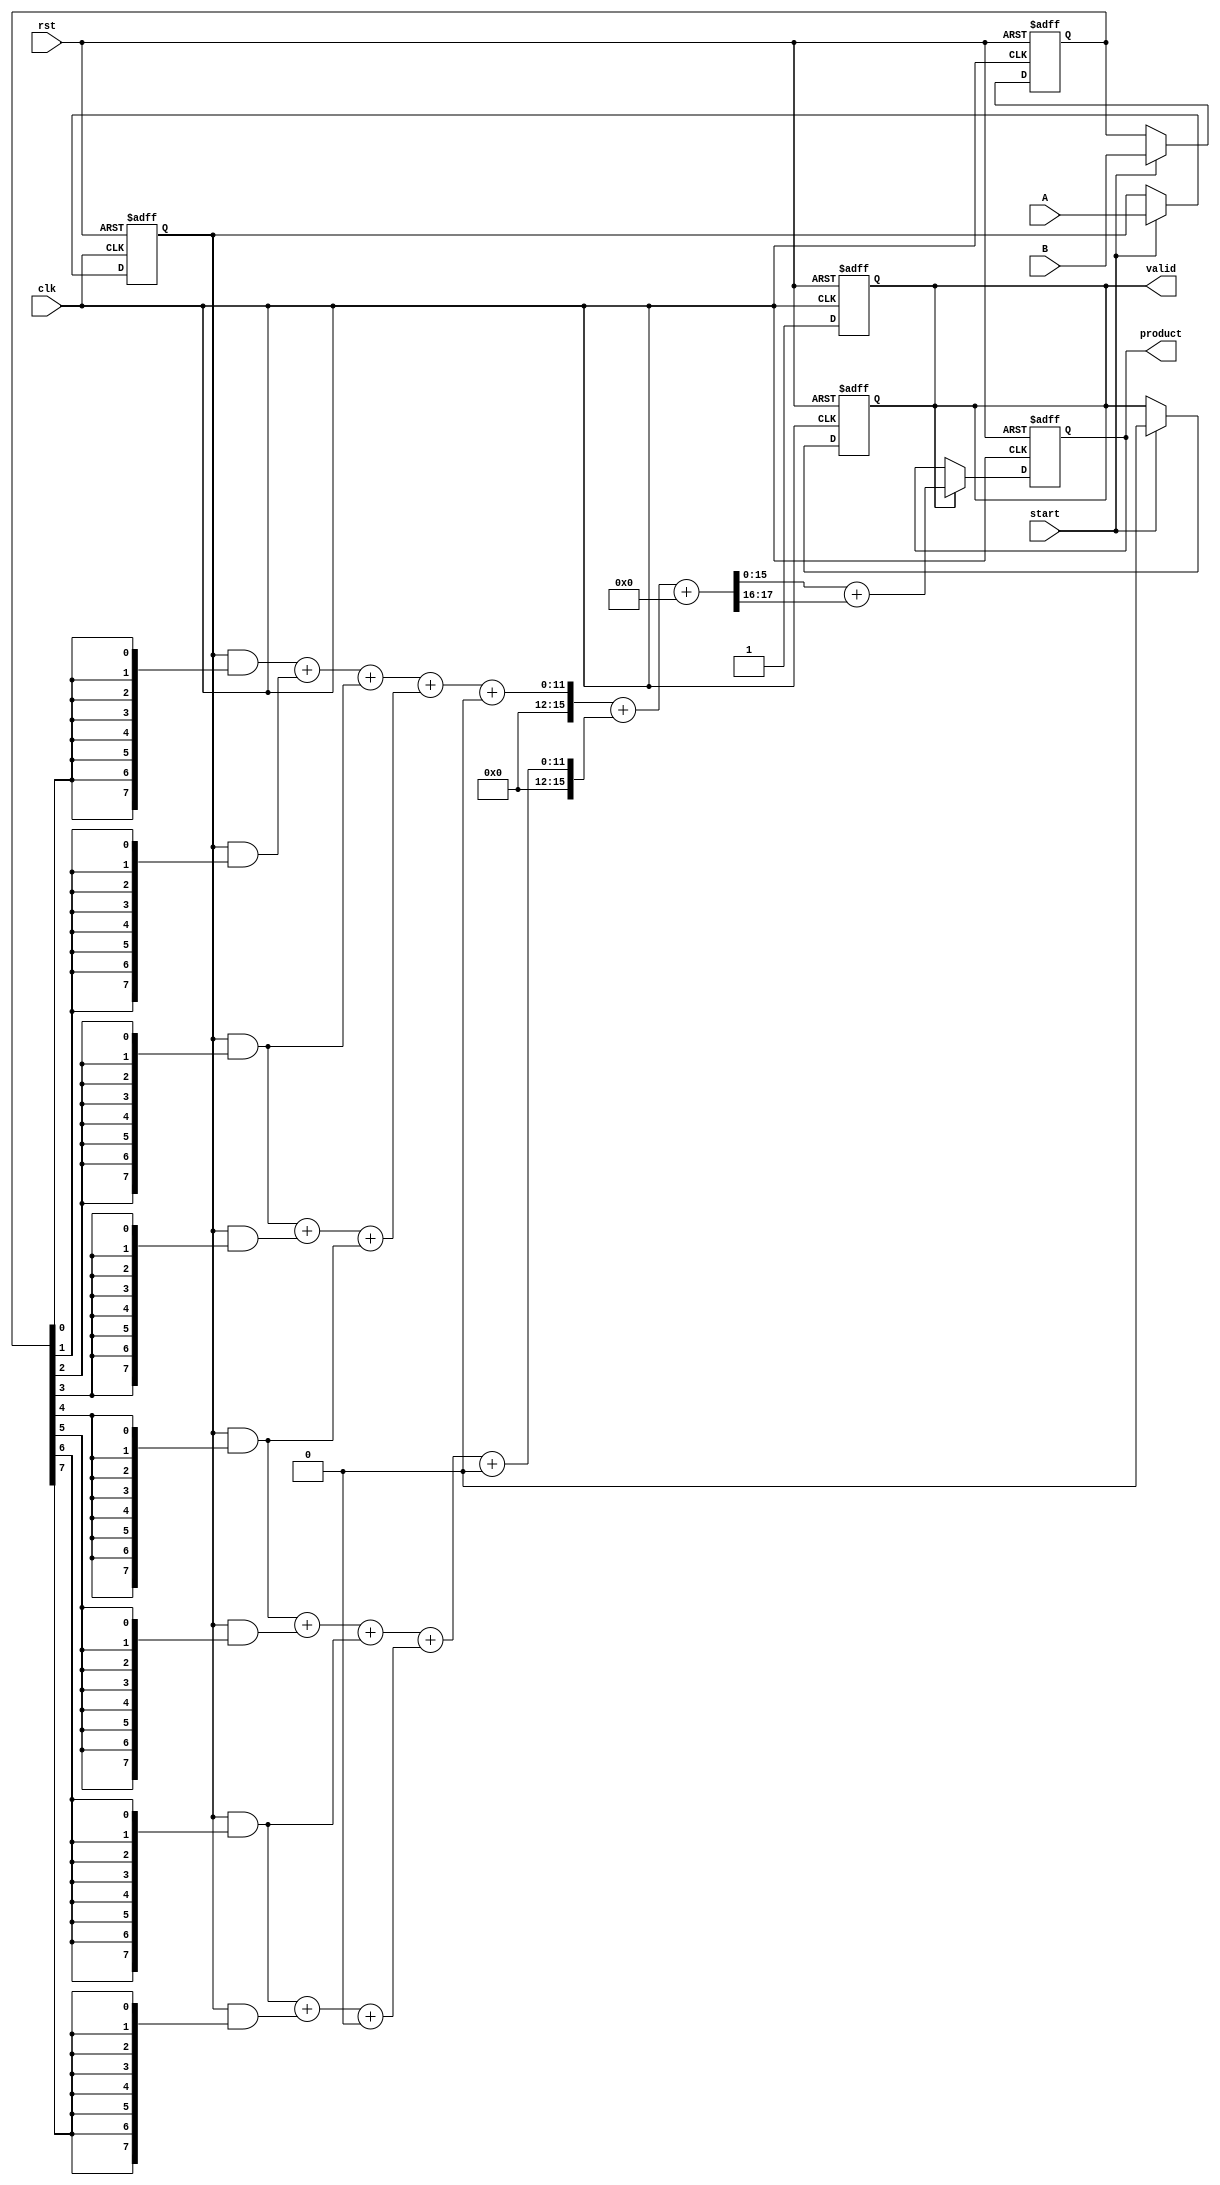
module PipelinedWallaceTreeMultiplier #(
    parameter N = 8, // Width of the operands
    parameter STAGES = 3 // Number of pipeline stages
)(
    input clk,
    input rst,
    input [N-1:0] A,
    input [N-1:0] B,
    input start,
    output reg [2*N-1:0] product,
    output reg valid
);

    // Internal signals
    reg [N-1:0] A_reg, B_reg;
    wire [N-1:0] partial_products[N-1:0];
    wire [2*N-1:0] sum_stage1[N-1:0];
    wire [2*N-1:0] carry_stage1[N-1:0];
    wire [2*N-1:0] sum_stage2[N-1:0];
    wire [2*N-1:0] carry_stage2[N-1:0];
    wire [2*N-1:0] final_sum, final_carry;

    // Input Stage
    always @(posedge clk or posedge rst) begin
        if (rst) begin
            A_reg <= 0;
            B_reg <= 0;
            valid <= 0;
        end else if (start) begin
            A_reg <= A;
            B_reg <= B;
            valid <= 0;
        end
    end

    // Partial Product Generation
    genvar i;
    generate
        for (i = 0; i < N; i = i + 1) begin : pp_gen
            assign partial_products[i] = A_reg & {N{B_reg[i]}};
        end
    endgenerate

    // Wallace Tree Reduction Stage 1
    // Combine partial products using CSAs
    generate
        for (i = 0; i < N/2; i = i + 1) begin : wallace_stage1
            // Full Adder for three inputs
            assign {carry_stage1[i], sum_stage1[i]} = partial_products[2*i] + partial_products[2*i + 1] + (i < (N/2 - 1) ? partial_products[2*i + 2] : 0);
        end
    endgenerate

    // Wallace Tree Reduction Stage 2
    generate
        for (i = 0; i < (N/4); i = i + 1) begin : wallace_stage2
            assign {carry_stage2[i], sum_stage2[i]} = sum_stage1[2*i] + sum_stage1[2*i + 1] + (i < (N/4 - 1) ? carry_stage1[2*i + 2] : 0);
        end
    endgenerate

    // Final Addition Stage
    assign {final_carry, final_sum} = sum_stage2[0] + sum_stage2[1] + carry_stage2[0];

    // Output Stage
    always @(posedge clk or posedge rst) begin
        if (rst) begin
            product <= 0;
            valid <= 0;
        end else if (valid) begin
            product <= final_sum + final_carry;
            valid <= 1;
        end else begin
            valid <= 1; // Indicate that the output is valid after one cycle
        end
    end

endmodule